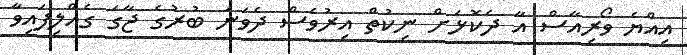
އިއްޔެ ވޯރިއާސް އާ ދެކޮޅަށް ނިކުތް އިރުވެސް ދެވަނަ ބުރުގެ ޖާގަ ގެއްލިފައިވާ